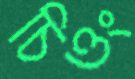
চিওং